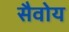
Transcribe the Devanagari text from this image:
सैवोय